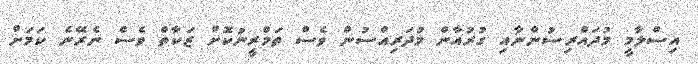
އިސްލާމީ މުދައްރިސުންނާއި ގުރުއާން މުދަރިއްސުން ވެސް ތަމްރީނުކޮށް ޒަކާތް ވެސް ނެރޭނެ ކަމަށް